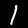
Label: 1